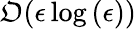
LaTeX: \mathfrak{O}(\epsilon\log{(\epsilon)})